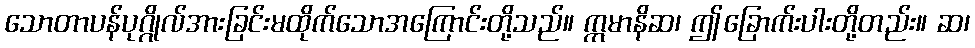
သောတာပန်ပုဂ္ဂိုလ်အားခြင်းမထိုက်သောအကြောင်းတို့သည်။ ဣမာနိဆ၊ ဤခြောက်းပါးတို့တည်း။ ဆ၊